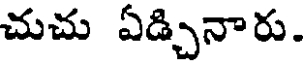
చుచు ఏడ్చినారు.